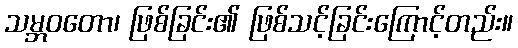
သမ္ဘဝတော၊ ဖြစ်ခြင်း၏ ဖြစ်သင့်ခြင်းကြောင့်တည်း။